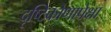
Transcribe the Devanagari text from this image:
दृष्टिकोणापेक्षा